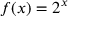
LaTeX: f ( x ) = 2 ^ { x }